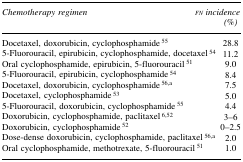
<table><thead><tr><td><b>Chemotherapy regimen</b></td><td><b>FN incidence (%)</b></td></tr></thead><tbody><tr><td>Docetaxel, doxorubicin, cyclophosphamide 55</td><td>28.8</td></tr><tr><td>5-Fluorouracil, epirubicin, cyclophosphamide, docetaxel 54</td><td>11.2</td></tr><tr><td>Oral cyclophosphamide, epirubicin, 5-fluorouracil 51</td><td>9.0</td></tr><tr><td>5-Fluorouracil, epirubicin, cyclophosphamide 54</td><td>8.4</td></tr><tr><td>Docetaxel, doxorubicin, cyclophosphamide 56,a</td><td>7.5</td></tr><tr><td>Docetaxel, cyclophosphamide 53</td><td>5.0</td></tr><tr><td>5-Fluorouracil, doxorubicin, cyclophosphamide 55</td><td>4.4</td></tr><tr><td>Doxorubicin, cyclophosphamide, paclitaxel 6,52</td><td>3–6</td></tr><tr><td>Doxorubicin, cyclophosphamide 52</td><td>0–2.5</td></tr><tr><td>Dose-dense doxorubicin, cyclophosphamide, paclitaxel 56,a</td><td>2.0</td></tr><tr><td>Oral cyclophosphamide, methotrexate, 5-fluorouracil 51</td><td>1.0</td></tr></tbody></table>